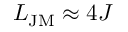
L _ { \mathrm { J M } } \approx 4 J